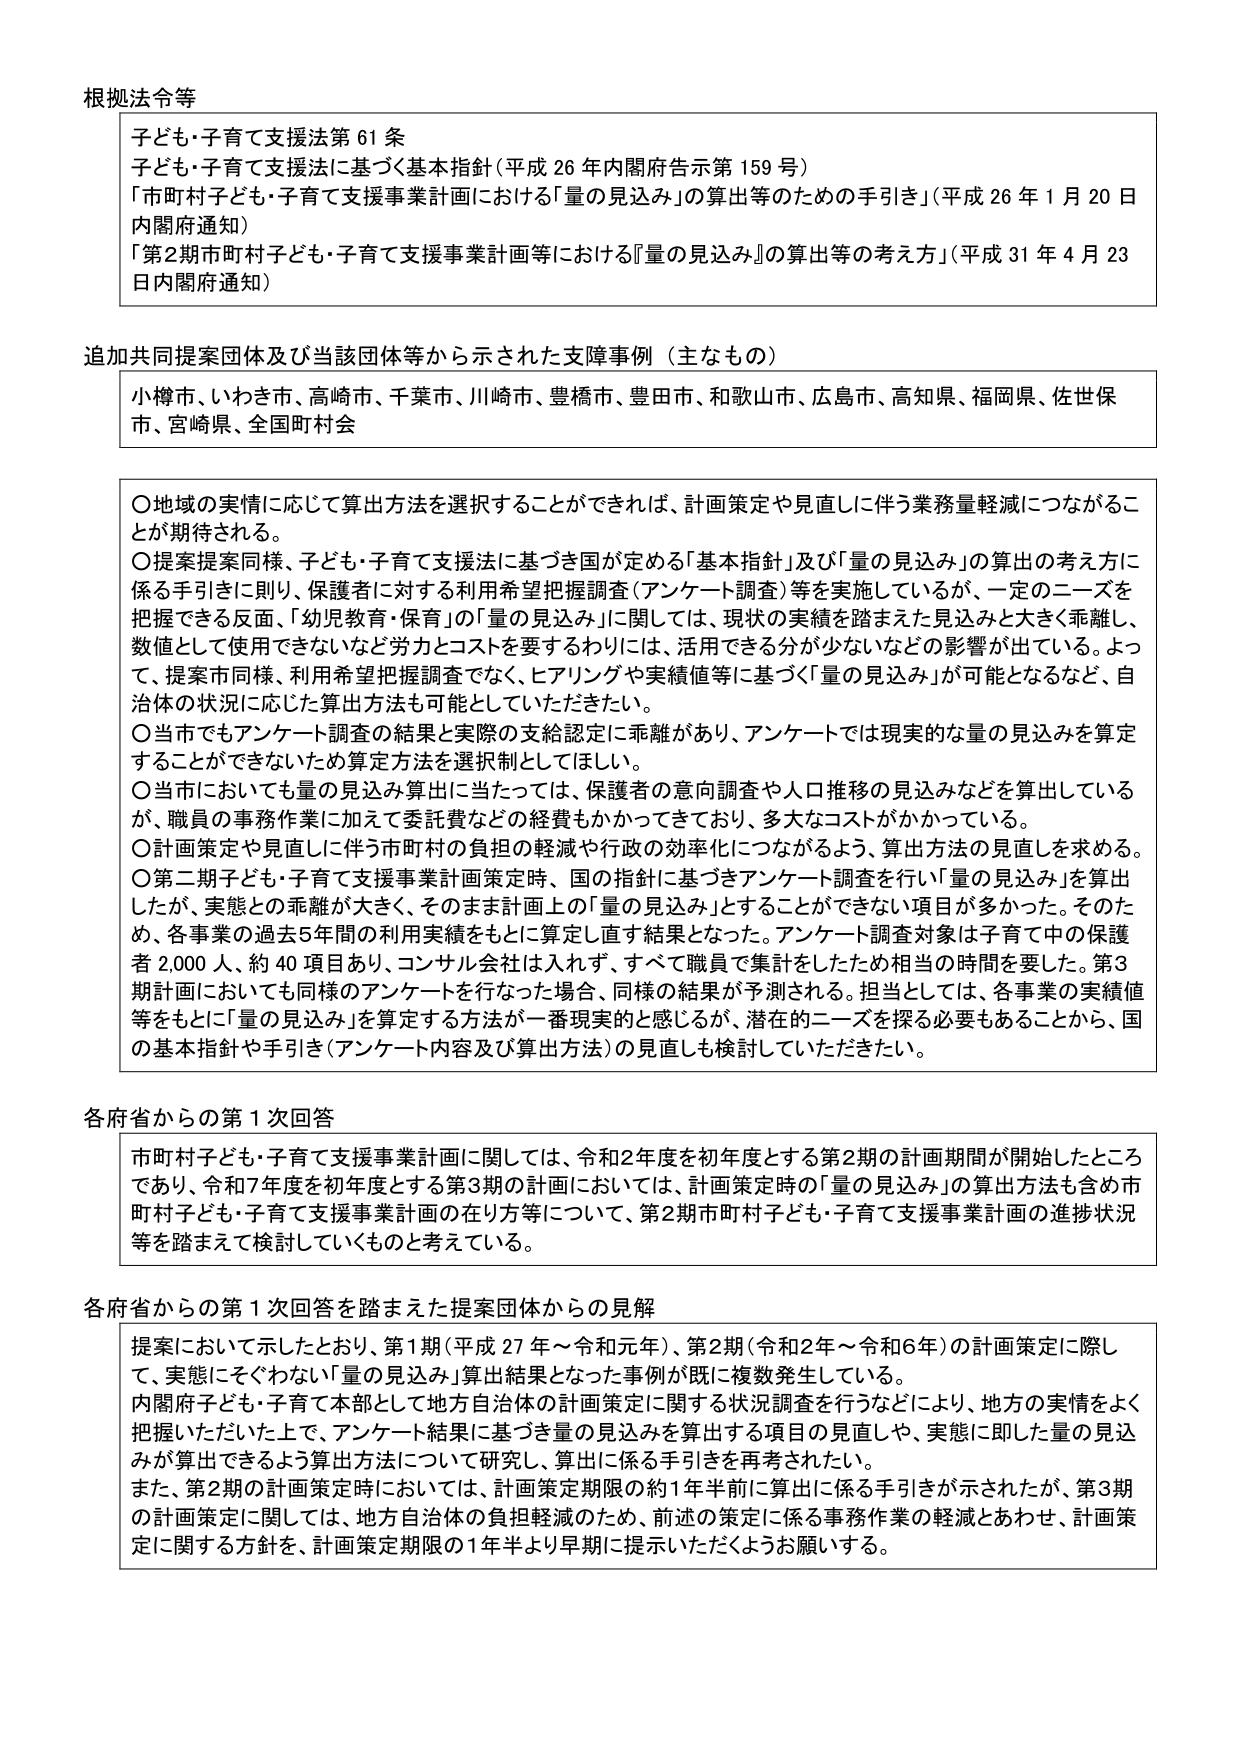
根拠法令等

子ども・子育て支援法第61条
子ども・子育て支援法に基づく基本指針（平成26年内閣府告示第159号）
「市町村子ども・子育て支援事業計画における『量の見込み』の算出等のための手引き」（平成26年1月20日内閣府通知）
「第2期市町村子ども・子育て支援事業計画等における『量の見込み』の算出等の考え方」（平成31年4月23日内閣府通知）

追加共同提案団体及び当該団体等から示された支障事例（主なもの）

小樽市、いわき市、高崎市、千葉市、川崎市、豊橋市、豊田市、和歌山市、広島市、高知県、福岡県、佐世保市、宮崎県、全国町村会

〇地域の実情に応じて算出方法を選択することができれば、計画策定や見直しに伴う業務量軽減につながることが期待される。
〇提案提案同様、子ども・子育て支援法に基づき国が定める「基本指針」及び「量の見込み」の算出の考え方に係る手引きに則り、保護者に対する利用希望把握調査（アンケート調査）等を実施しているが、一定のニーズを把握できる反面、「幼児教育・保育」の「量の見込み」に関しては、現状の実績を踏まえた見込みと大きく乖離し、数値として使用できないなど労力とコストを要するわりには、活用できる分が少ないなどの影響が出ている。よって、提案市同様、利用希望把握調査でなく、ヒアリングや実績値等に基づく「量の見込み」が可能となるなど、自治体の状況に応じた算出方法も可能としていただきたい。
〇当市でもアンケート調査の結果と実際の支給認定に乖離があり、アンケートでは現実的な量の見込みを算定することができないため算定方法を選択制としてほしい。
〇当市においても量の見込み算出に当たっては、保護者の意向調査や人口推移の見込みなどを算出しているが、職員の事務作業に加えて委託費などの経費もかかっており、多大なコストがかかっている。
〇計画策定や見直しに伴う市町村の負担の軽減や行政の効率化につながるよう、算出方法の見直しを求める。
〇第二期子ども・子育て支援事業計画策定時、国の指針に基づきアンケート調査を行い「量の見込み」を算出したが、実態との乖離が大きく、そのまま計画上の「量の見込み」とすることができない項目が多かった。そのため、各事業の過去5年間の利用実績をもとに算定し直す結果となった。アンケート調査対象は子育て中の保護者2,000人、約40項目あり、コンサル会社は入れず、すべて職員で集計をしたため相当の時間を要した。第3期計画においても同様のアンケートを行なった場合、同様の結果が予測される。担当としては、各事業の実績値等をもとに「量の見込み」を算定する方法が一番現実的と感じるが、潜在的ニーズを探る必要もあることから、国の基本指針や手引き（アンケート内容及び算出方法）の見直しも検討していただきたい。

各府省からの第1次回答

市町村子ども・子育て支援事業計画に関しては、令和2年度を初年度とする第2期の計画期間が開始したところであり、令和7年度を初年度とする第3期の計画においては、計画策定時の「量の見込み」の算出方法も含め市町村子ども・子育て支援事業計画の在り方等について、第2期市町村子ども・子育て支援事業計画の進捗状況等を踏まえて検討していくものと考えている。

各府省からの第1次回答を踏まえた提案団体からの見解

提案において示したとおり、第1期（平成27年～令和元年）、第2期（令和2年～令和6年）の計画策定に際して、実態にそぐわない「量の見込み」算出結果となった事例が既に複数発生している。
内閣府子ども・子育て本部として地方自治体の計画策定に関する状況調査を行うなどにより、地方の実情をよく把握いただいた上で、アンケート結果に基づき量の見込みを算出する項目の見直しや、実態に即した量の見込みが算出できるよう算出方法について研究し、算出に係る手引きを再考されたい。
また、第2期の計画策定時においては、計画策定期限の約1年半前に算出に係る手引きが示されたが、第3期の計画策定に関しては、地方自治体の負担軽減のため、前述の策定に係る事務作業の軽減とあわせ、計画策定に関する方針を、計画策定期限の1年半より早期に提示いただくようお願いする。